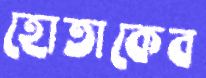
হোতাকেব